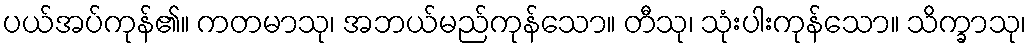
ပယ်အပ်ကုန်၏။ ကတမာသု၊ အဘယ်မည်ကုန်သော။ တီသု၊ သုံးပါးကုန်သော။ သိက္ခာသု၊